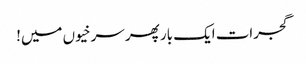
گجرات ایک بار پھر سرخیوں میں!